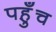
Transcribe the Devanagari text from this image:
पह़ुँच